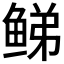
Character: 𬶕